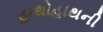
હાથોહાથની